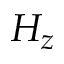
H _ { z }